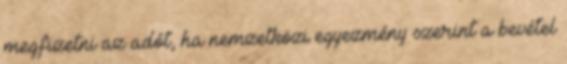
megfizetni az adót, ha nemzetközi egyezmény szerint a bevétel